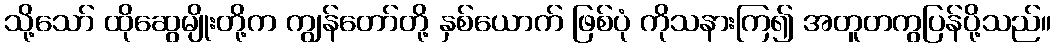
သို့သော် ထိုဆွေမျိုးတို့က ကျွန်တော်တို့ နှစ်ယောက် ဖြစ်ပုံ ကိုသနားကြ၍ အတူတကွပြန်ပို့သည်။